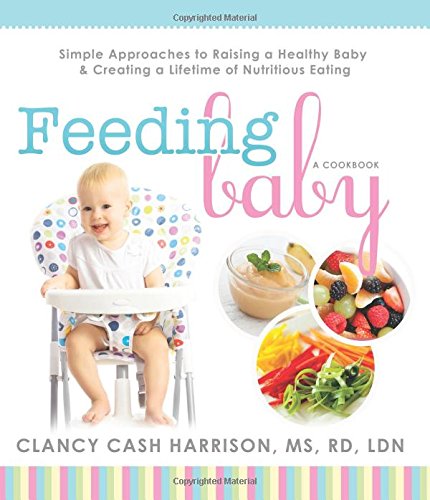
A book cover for Feeding Baby: Simple Approaches to Raising a Healthy Baby and Creating a Lifetime of Nutritious Eating; Clancy Cash Harrison; Cookbooks, Food & Wine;